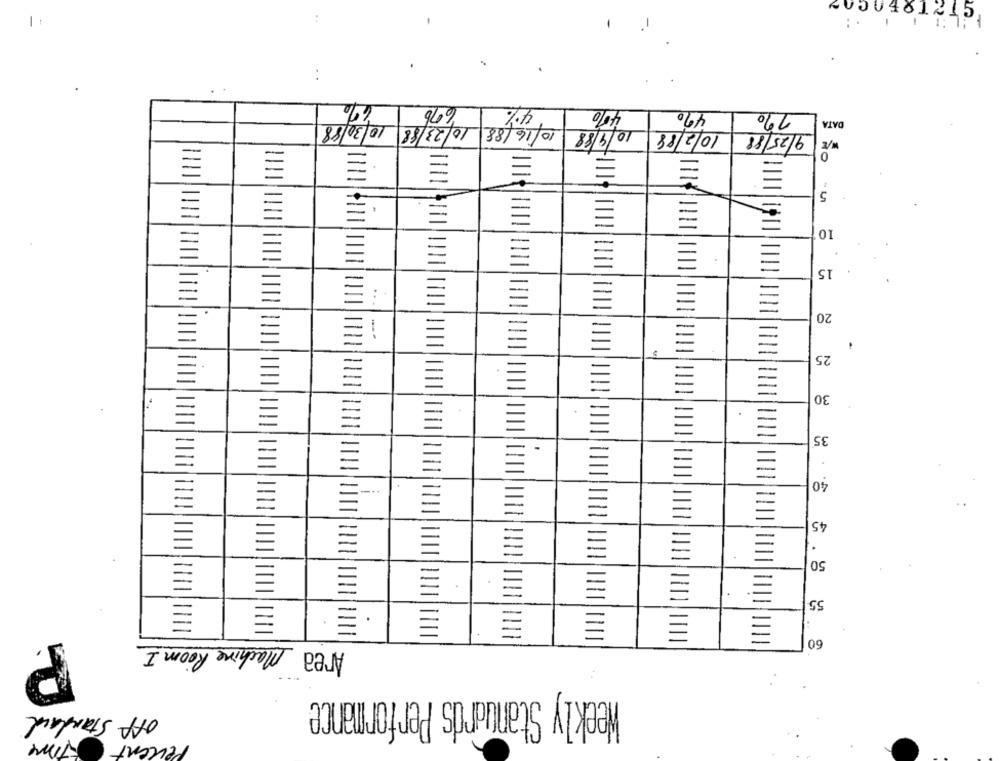
-
696
4%
4%
4%
1%
DATA
10/16/88 10/23/88 10/30/88
10/9/88
10/2/88
9/25/88
W/E
=
5
10
=
15
20
-
25
30
35
40
---
45
50
55
60
Area Machine Room I
Weekly Standards Performance
Off Standard
Percent Time